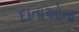
દાતાઓના